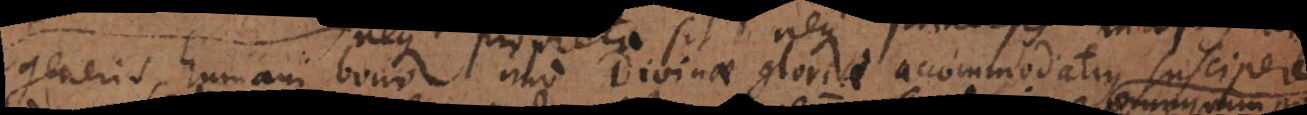
generis humani bono imo divinae gloriae accommodatius suscipere